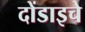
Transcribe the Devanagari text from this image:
दोंडाइचे